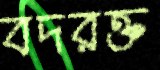
বদরক্ত